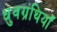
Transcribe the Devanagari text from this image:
ध्रुवग्रंथियाँ